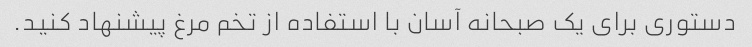
دستوری برای یک صبحانه آسان با استفاده از تخم مرغ پیشنهاد کنید.